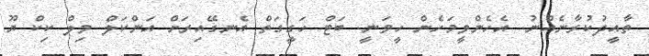
ތާއީދުކުރާނެއްނު. އެހެންވީމަހެން ހީވަނީ. ބަޓް ހަގީގަތް އެނގޭއިރަށް އަންކަލް ވިލް ކިކް ޔޫ